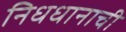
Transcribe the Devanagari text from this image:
निधधानाची